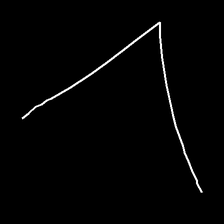
Glyph: region